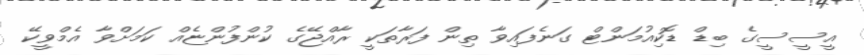
އީސީސީގެ ބިޑް ޑޮކިއުމަންޓް ގަނެފައިވާ ތިން ފަރާތަކީ ރާއްޖޭގެ ކުންފުންޏެއް ކަމަށްވާ އެމްވީކޭ